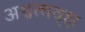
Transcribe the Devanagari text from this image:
अश्वत्थवृक्ष